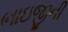
ભાઇજીની